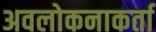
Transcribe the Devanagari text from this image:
अवलोकनाकर्ता